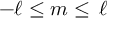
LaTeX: - \ell \leq m \leq \, \ell